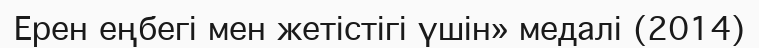
Ерен еңбегі мен жетістігі үшін» медалі (2014)